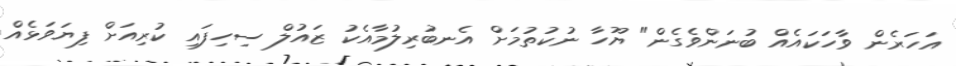
އަހަރެން ވާހަކައެއް ބުނަންވެގެން" ޔޫހާ ނުކުތުމަށް އެނބުރިލުމާއެކު ޒައުލް ސިހިފައި ކުރިއަށް ފިޔަވަޅެއް